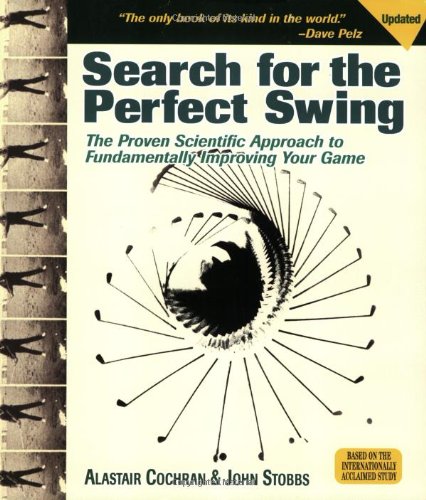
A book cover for Search for the Perfect Swing: The Proven Scientific Approach to Fundamentally Improving Your Game; Alastair Cochran; Sports & Outdoors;